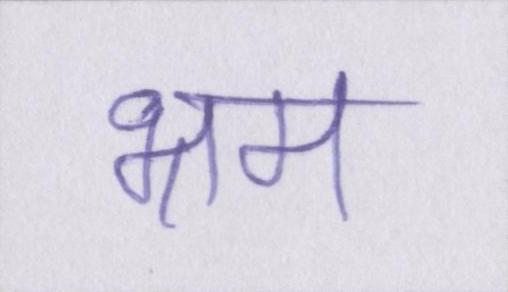
भ्रम